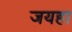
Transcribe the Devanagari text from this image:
जयहा